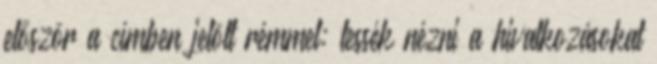
először a címben jelölt rémmel: tessék nézni a hivatkozásokat